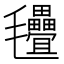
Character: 𣱃